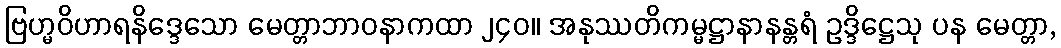
ဗြဟ္မဝိဟာရနိဒ္ဒေသော မေတ္တာဘာဝနာကထာ ၂၄၀။ အနုဿတိကမ္မဋ္ဌာနာနန္တရံ ဥဒ္ဒိဋ္ဌေသု ပန မေတ္တာ,